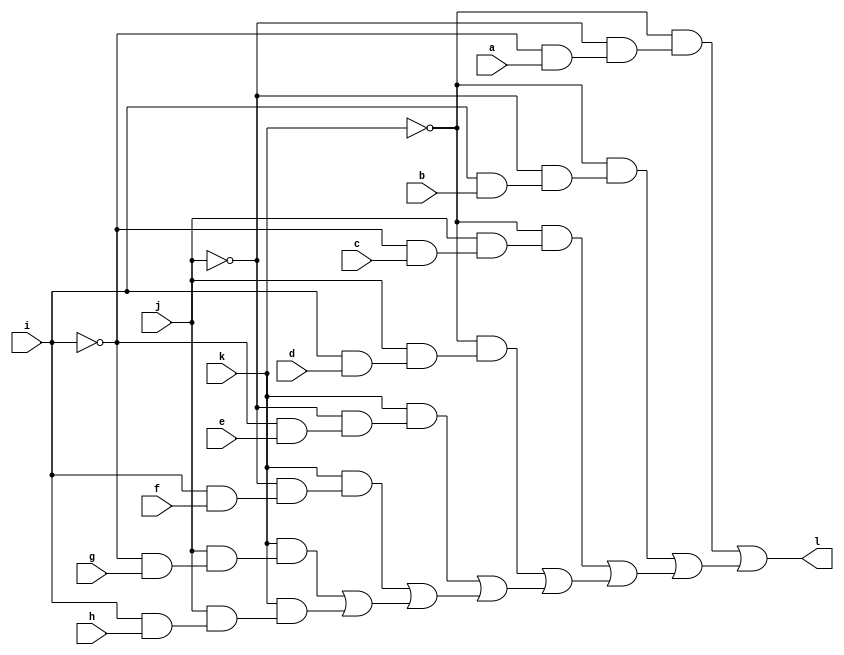
// IWLS benchmark module "mux_cl" printed on Wed May 29 16:31:28 2002
module mux_cl(a, b, c, d, e, f, g, h, i, j, k, l);
input
  a,
  b,
  c,
  d,
  e,
  f,
  g,
  h,
  i,
  j,
  k;
output
  l;
wire
  \[0] ;
assign
  l = \[0] ,
  \[0]  = (~k & (~j & (~i & a))) | ((~k & (~j & (i & b))) | ((~k & (j & (~i & c))) | ((~k & (j & (i & d))) | ((k & (~j & (~i & e))) | ((k & (~j & (i & f))) | ((k & (j & (~i & g))) | (k & (j & (i & h)))))))));
endmodule